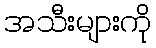
အသီးများကို